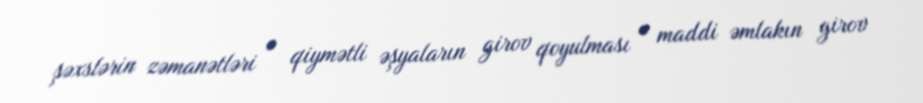
şəxslərin zəmanətləri • qiymətli əşyaların girov qoyulması • maddi əmlakın girov